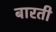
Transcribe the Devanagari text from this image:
बारती